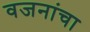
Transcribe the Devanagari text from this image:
वजनांचा